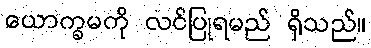
ယောက္ခမကို လင်ပြုရမည် ရှိသည်။